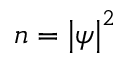
n = \left| \psi \right| ^ { 2 }